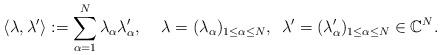
LaTeX: \begin{align*}\langle \lambda, \lambda' \rangle := \sum_{\alpha=1}^N \lambda_{\alpha} \lambda'_{\alpha}, \quad \, \lambda=(\lambda_{\alpha})_{1 \le \alpha \le N}, \,\,\, \lambda'=(\lambda'_{\alpha})_{1 \le \alpha \le N} \in \mathbb{C}^N. \end{align*}